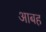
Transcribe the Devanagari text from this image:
आबह